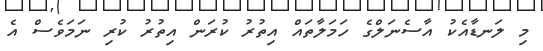
މި ލަނޑާއެކު އާސެނަލްގެ ހަމަލާތައް އިތުރު ކުރަން އިތުރު ކުރި ނަމަވެސް އެ